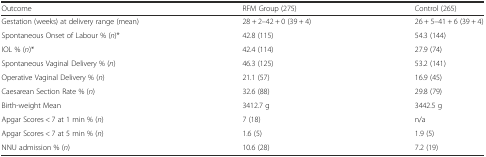
<table><thead><tr><td><b>Outcome</b></td><td><b>RFM Group (275)</b></td><td><b>Control (265)</b></td></tr></thead><tbody><tr><td>Gestation (weeks) at delivery range (mean)</td><td>28 + 2–42 + 0 (39 + 4)</td><td>26 + 5–41 + 6 (39 + 4)</td></tr><tr><td>Spontaneous Onset of Labour % (<i>n</i>)*</td><td>42.8 (115)</td><td>54.3 (144)</td></tr><tr><td>IOL % (<i>n</i>)*</td><td>42.4 (114)</td><td>27.9 (74)</td></tr><tr><td>Spontaneous Vaginal Delivery % (<i>n</i>)</td><td>46.3 (125)</td><td>53.2 (141)</td></tr><tr><td>Operative Vaginal Delivery % (<i>n</i>)</td><td>21.1 (57)</td><td>16.9 (45)</td></tr><tr><td>Caesarean Section Rate % (<i>n</i>)</td><td>32.6 (88)</td><td>29.8 (79)</td></tr><tr><td>Birth-weight Mean</td><td>3412.7 g</td><td>3442.5 g</td></tr><tr><td>Apgar Scores &lt; 7 at 1 min % (<i>n</i>)</td><td>7 (18)</td><td>n/a</td></tr><tr><td>Apgar Scores &lt; 7 at 5 min % (<i>n</i>)</td><td>1.6 (5)</td><td>1.9 (5)</td></tr><tr><td>NNU admission % (<i>n</i>)</td><td>10.6 (28)</td><td>7.2 (19)</td></tr></tbody></table>